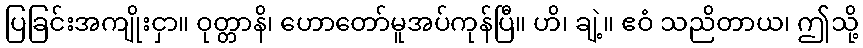
ပြခြင်းအကျိုးငှာ။ ဝုတ္တာနိ၊ ဟောတော်မူအပ်ကုန်ပြီ။ ဟိ၊ ချဲ့။ ဧဝံ သညိတာယ၊ ဤသို့